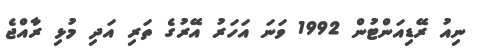
ނިއު ރޭޑިއަންޓުން 1992 ވަނަ އަހަރު އޭރުގެ ތަރި އަދި މުޅި ރާއްޖެ